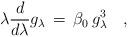
LaTeX: \begin{align*}\lambda {d \over d\lambda} g_\lambda\, =\,\beta_0 \, g_\lambda^3\quad ,\end{align*}